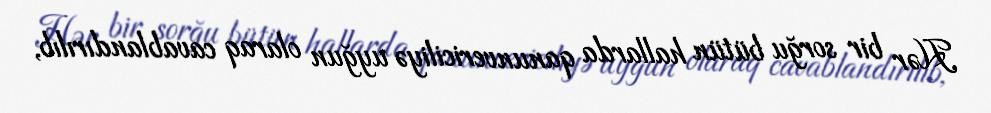
Hər bir sorğu bütün hallarda qanunvericiliyə uyğun olaraq cavablandırılıb,